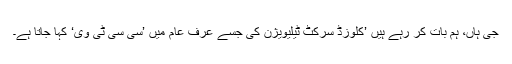
جی ہاں، ہم بات کر رہے ہیں ’کلوزڈ سرکٹ ٹیلیویژن کی جسے عرف عام میں ’سی سی ٹی وی‘ کہا جاتا ہے۔